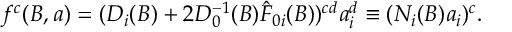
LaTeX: f ^ { c } ( B , a ) = ( D _ { i } ( B ) + 2 D _ { 0 } ^ { - 1 } ( B ) \hat { F } _ { 0 i } ( B ) ) ^ { c d } a _ { i } ^ { d } \equiv ( N _ { i } ( B ) a _ { i } ) ^ { c } .